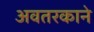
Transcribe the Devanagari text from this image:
अवतरकाने